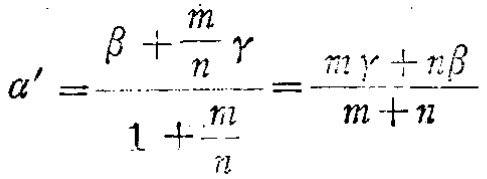
\[\alpha'=\frac{\beta+\frac{m}{n}\gamma}{1 + \frac{m}{n}}=\frac{m\gamma + n\beta}{m + n}\]